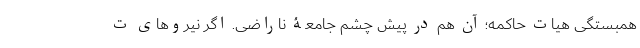
همبستگیِ هیات حاکمه؛ آن هم در پیش چشم جامعۀ ناراضی. اگر نیروهای ت